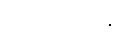
ပညပေယျန္တိ